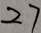
2 7